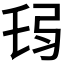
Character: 𢏒